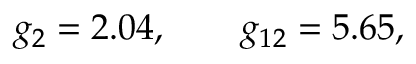
g _ { 2 } = 2 . 0 4 , \qquad g _ { 1 2 } = 5 . 6 5 ,